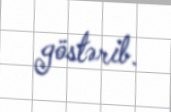
göstərib.